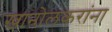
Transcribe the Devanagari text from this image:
खानोलकरांना